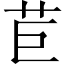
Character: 苣